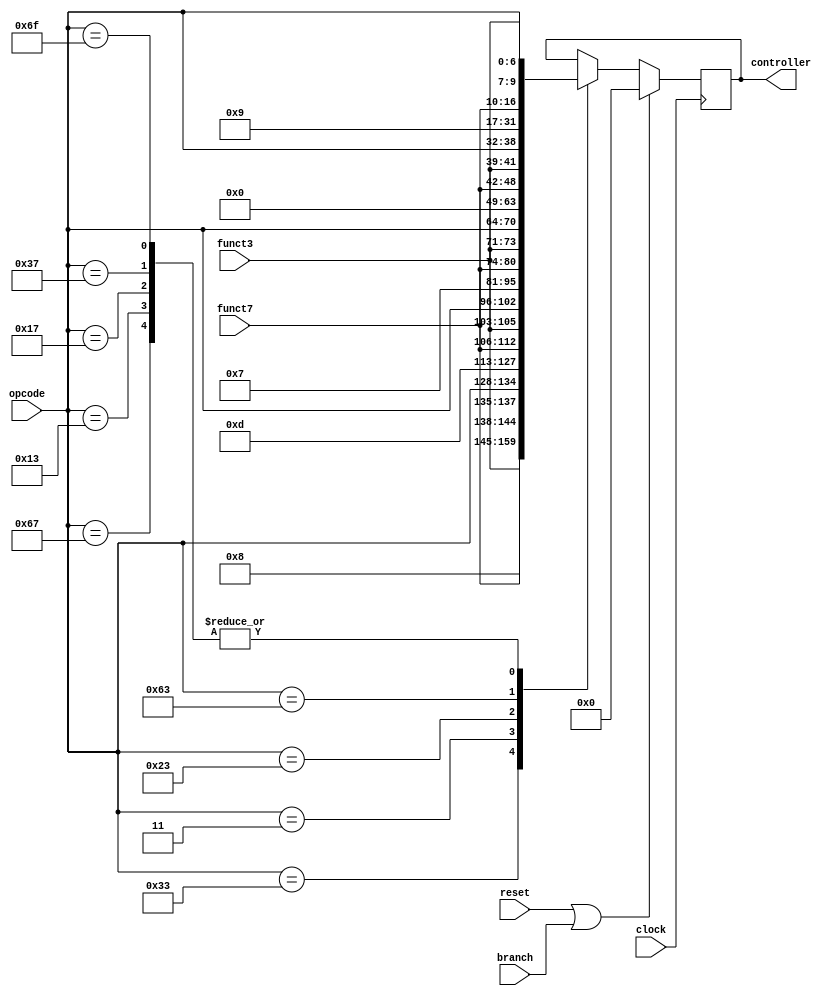
// controller.v
module controller (
	input wire [6:0] opcode,
	input wire [2:0] funct3,
	input wire [6:0] funct7,
	input branch,
	input clock,
	input reset,
	output reg [31:0] controller
	);
	
	/* 
	/	Bit 0-6 		= Opcode Value
	/	Bit 7-9 		= Funct3 Value
	/	Bit 10-16 	= Funct7 Value
	/	Bit 17 		= Imm (1) or rs2 (0) for Alu 
	/	Bit 18 		= Write datamem
	/	Bit 19 		= If instruction accesses datamem
	/	Bit 20 		= Write reg 
	*/
	
	initial begin
		controller <= 0;
		end
	
	always @(negedge clock) begin
		if (reset || branch) begin
			controller <= 0;
		end else begin
			case (opcode)
				// R type
				7'b0110011: 
					begin
						controller <= {4'b1000, funct7, funct3, opcode};
					end
				// I-type
				7'b0010011, 7'b1100111:
					begin
						controller <= {4'b1001, funct7, funct3, opcode};
					end
				7'b0000011: //Load
					begin
						controller <= {4'b1101, funct7, funct3, opcode};
					end
				// S-Type
				7'b0100011:
					begin
						controller <= {4'b0111, funct7, funct3, opcode};
					end
				// B-type
				7'b1100011:
					begin
						controller <= {4'b0000, funct7, funct3, opcode};
					end
				// U-type
				7'b0110111, 7'b0010111:
					begin
						controller <= {4'b1001, funct7, funct3, opcode};
					end
				// J-type
				7'b1101111:
					begin
						controller <= {4'b1001, funct7, funct3, opcode};
					end
			endcase
		end
	end
	
endmodule